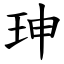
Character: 珅